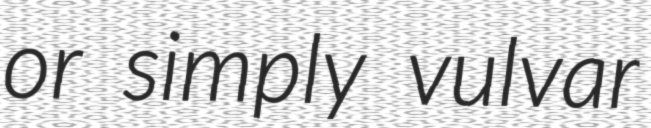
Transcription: or simply vulvar